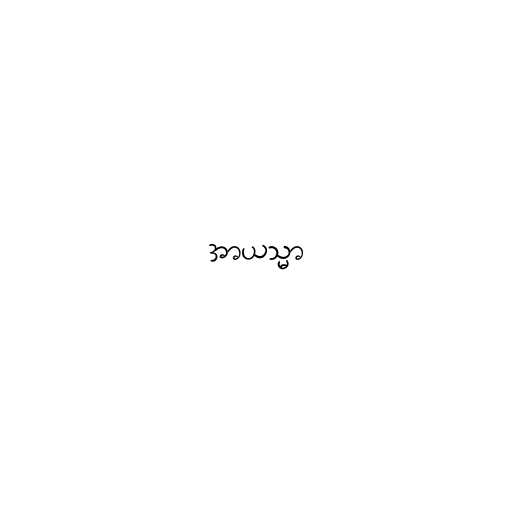
အာယသ္မာ